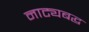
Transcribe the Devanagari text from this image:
नाट्यबद्ध